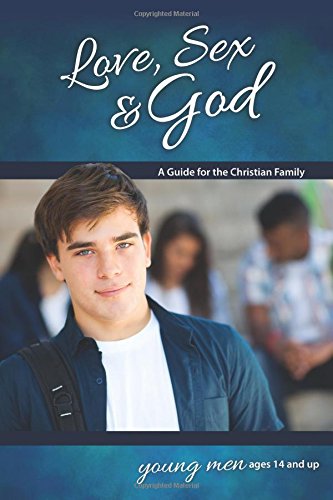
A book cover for Love, Sex & God: For Young Men Ages 14 and Up - Learning About Sex; Bill Ameiss; Teen & Young Adult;